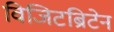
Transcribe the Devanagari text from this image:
विजिटब्रिटेन